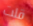
قلت